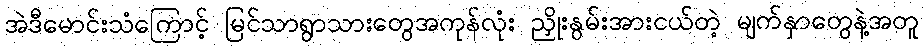
အဲဒီမောင်းသံကြောင့် မြင်သာရွာသားတွေအကုန်လုံး ညှိုးနွမ်းအားငယ်တဲ့ မျက်နှာတွေနဲ့အတူ